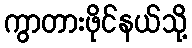
ကွာတားဖိုင်နယ်သို့